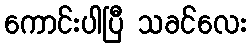
ကောင်းပါပြီ သခင်လေး